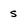
Character: 5